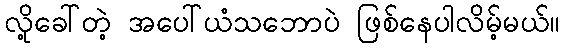
လို့ခေါ်တဲ့ အပေါ်ယံသဘောပဲ ဖြစ်နေပါလိမ့်မယ်။